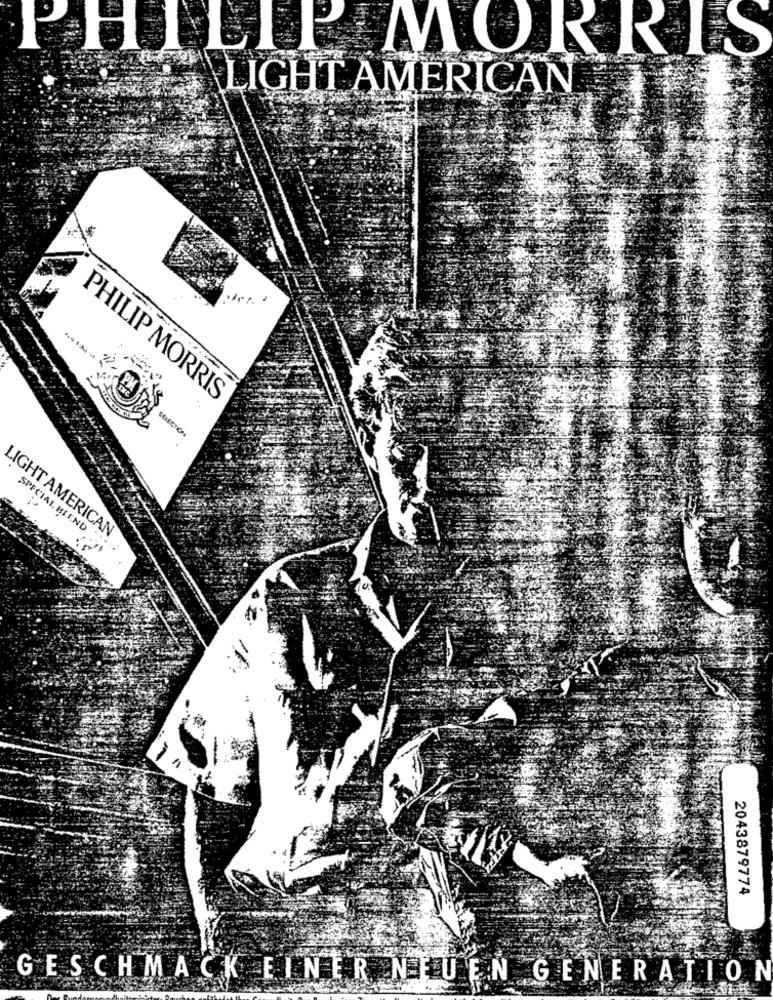
H
LIP MORRIS
LIGHT AMERICAN
---- -
PM
PHILIP MORRIS
LIGHT AMERICAN
SPECIAL HIEND
2043879774
GESCHMACK EINER NEUEN GENERATION